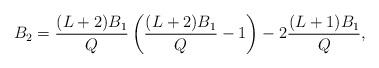
LaTeX: \begin{align*} B_2 = \frac{(L+2)B_1}{Q} \left(\frac{(L+2)B_1}{Q} - 1\right) - 2\frac{(L+1)B_1}{Q}, \end{align*}